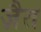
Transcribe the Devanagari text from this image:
ज़ैत